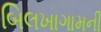
બિલખાગામની